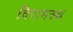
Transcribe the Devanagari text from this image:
विरामस्थ